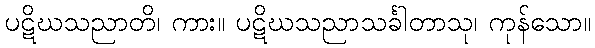
ပဋိဃသညာတိ၊ ကား။ ပဋိဃသညာသင်္ခါတာသု၊ ကုန်သော။